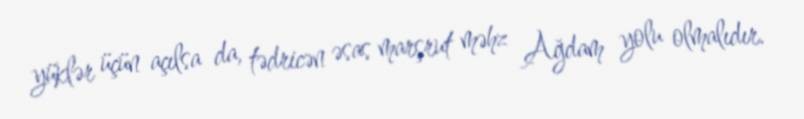
yüklər üçün açılsa da, tədricən əsas marşrut məhz Ağdam yolu olmalıdır.